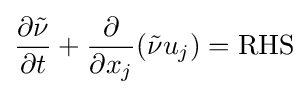
{\frac {\partial {\tilde {\nu }}}{\partial t}}+{\frac {\partial }{\partial x_{j}}}({\tilde {\nu }}u_{j})={\mbox{RHS}}